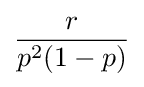
{\frac {r}{p^{2}(1-p)}}